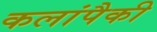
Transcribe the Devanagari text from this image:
कलांपैकी